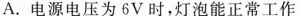
A.电源电压为6V时，灯泡能正常工作